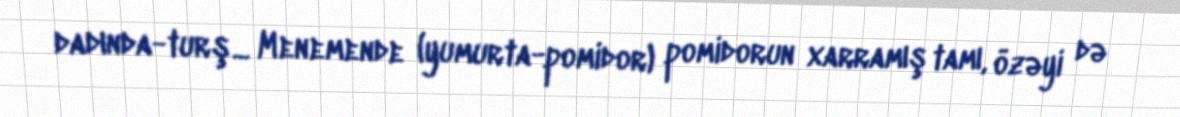
dadında-turş... Menemende (yumurta-pomidor) pomidorun xarramış tamı, özəyi də